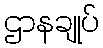
ဌာနချုပ်